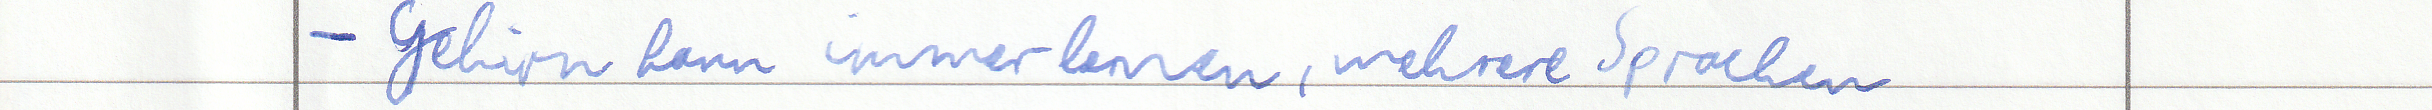
- Gehirn kann immer lernen, mehrere Sprachen